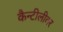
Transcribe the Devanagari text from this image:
कैन्टीलीवर